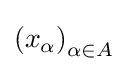
\left(x_{\alpha }\right)_{\alpha \in A}